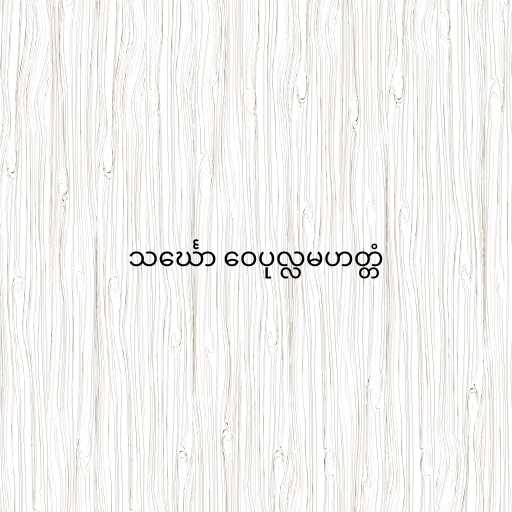
သင်္ဃော ဝေပုလ္လမဟတ္တံ